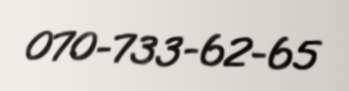
070-733-62-65